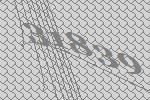
31839